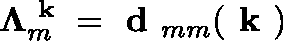
\mathbf { \Lambda } _ { m } ^ { \textbf { k } } = \textbf { d } _ { m m } ( \textbf { k } )